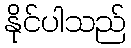
နိုင်ပါသည်